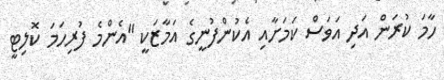
ހާމަ ކުރަން އަދި އަވަސް ކަމަށާއި އެކުންފުނީގެ އަމާޒަކީ "އެންމެ ފުރިހަމަ ކޮލިޓީ